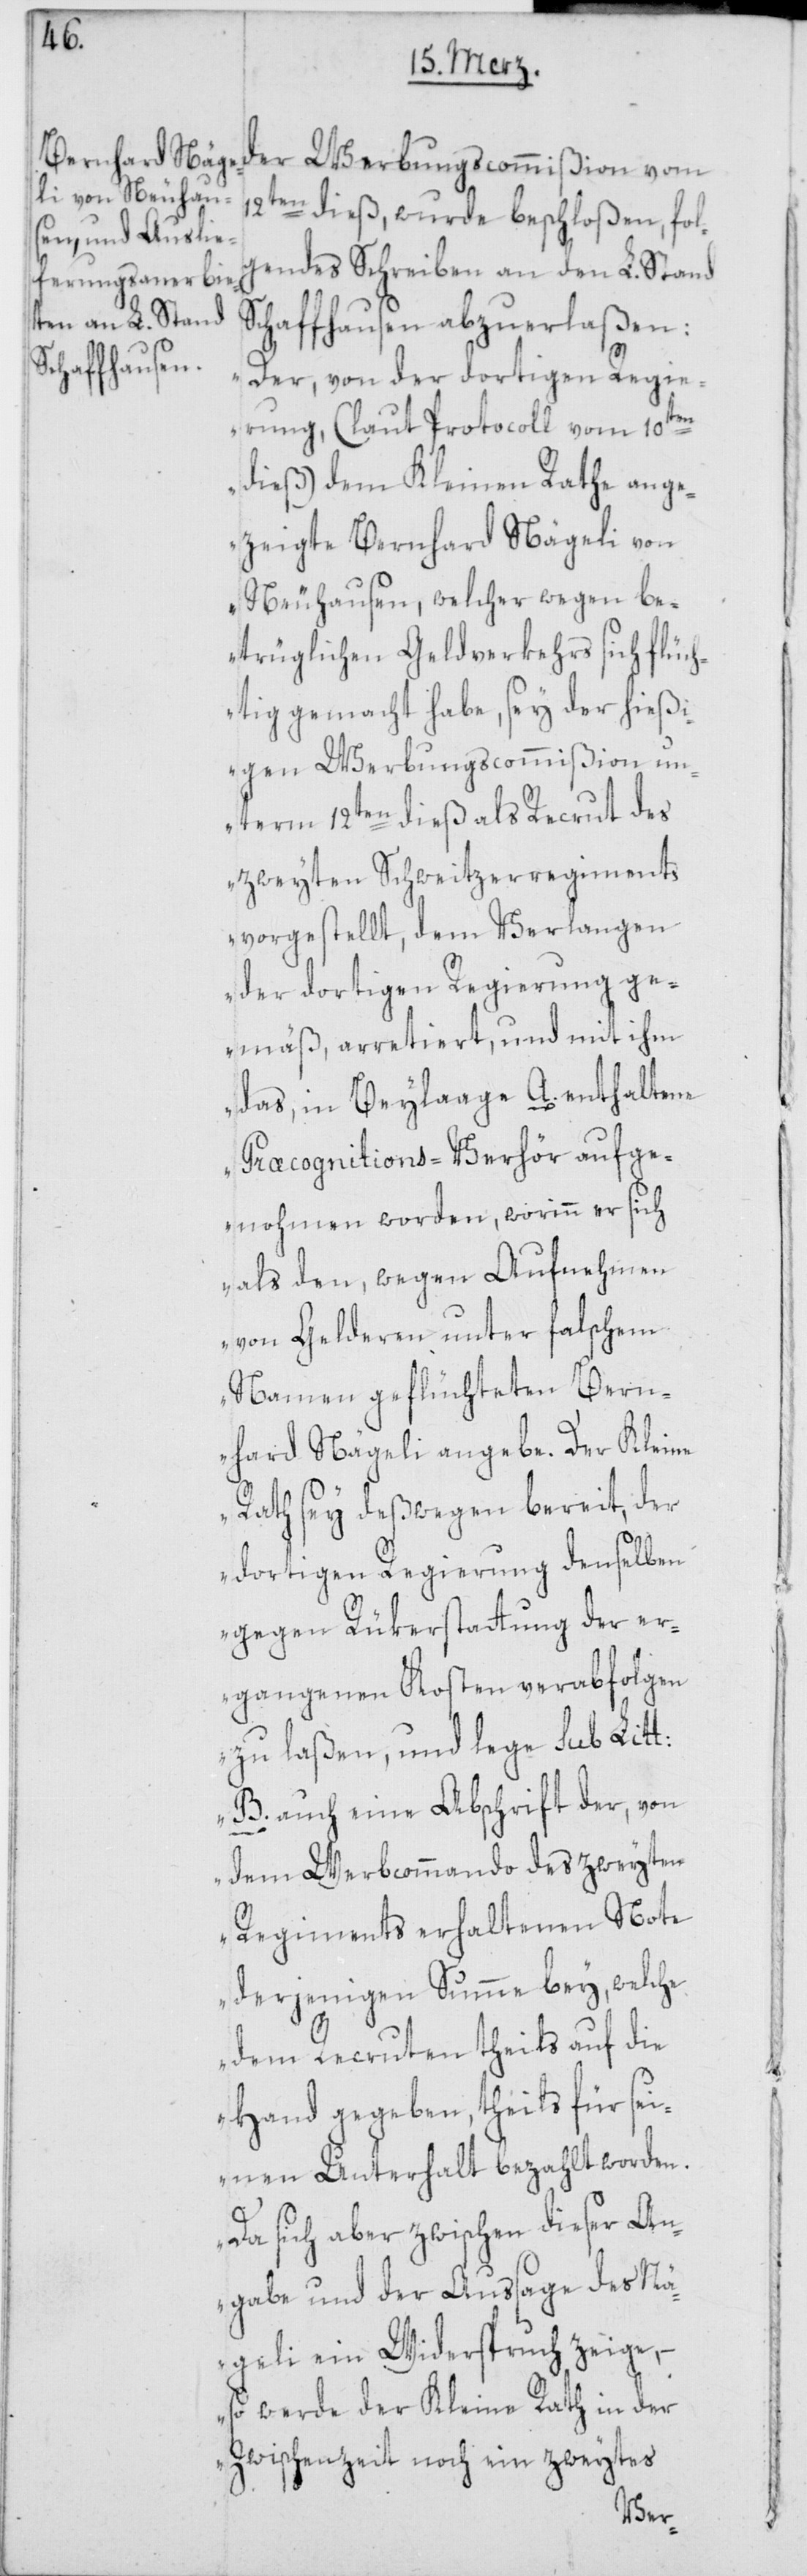
der Werbungscommißion vom
12ten dieß, wurde beschloßen, fol¬
gendes Schreiben an den L. Stand
Schaffhausen abzuerlaßen:
„Der, von der dortigen Regi¬
erung, (laut Protocoll vom 10ten
dieß) dem Kleinen Rathe ange¬
zeigte Bernhard Nägeli von
Neuhausen, welcher wegen be¬
trüglichen Geldverkehrs sich flüch¬
tig gemacht habe, sey der hießi¬
gen Werbungscommißion un¬
term 12ten dieß als Recrut des
zweyten Schweitzerregiments
vorgestellt, dem Verlangen
der dortigen Regierung ge¬
mäß, arretiert und mit ihm
das, in Beylage A. enthaltene
Præcognitions-Verhör aufge¬
nohmen worden; worinn er sich
als den, wegen Aufnehmen
von Gelderen unter falschem
Namen geflüchteten Bern¬
hard Nägeli angebe. Der Kleine
Rath sey deßwegen bereit, der
dortigen Regierung denselben
gegen Rükerstattung der er¬
gangenen Kosten verabfolgen
zu laßen, und lege sub Litt:
B. auch eine Abschrift der, von
dem Werbcommando des zweyten
Regiments erhaltenen Note
derjenigen Summe bey, welche
dem Recruten theils auf die
Hand gegeben, theils für sei¬
nen Unterhalt bezahlt worden.
Da sich aber zwischen dieser An¬
gabe und der Aussage des Nä¬
geli ein Widerspruch zeige,
so werde der Kleine Rath in der
Zwischenzeit noch ein zweytes